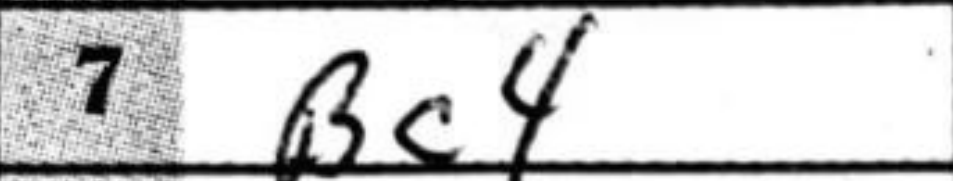
Transcription: Bc4